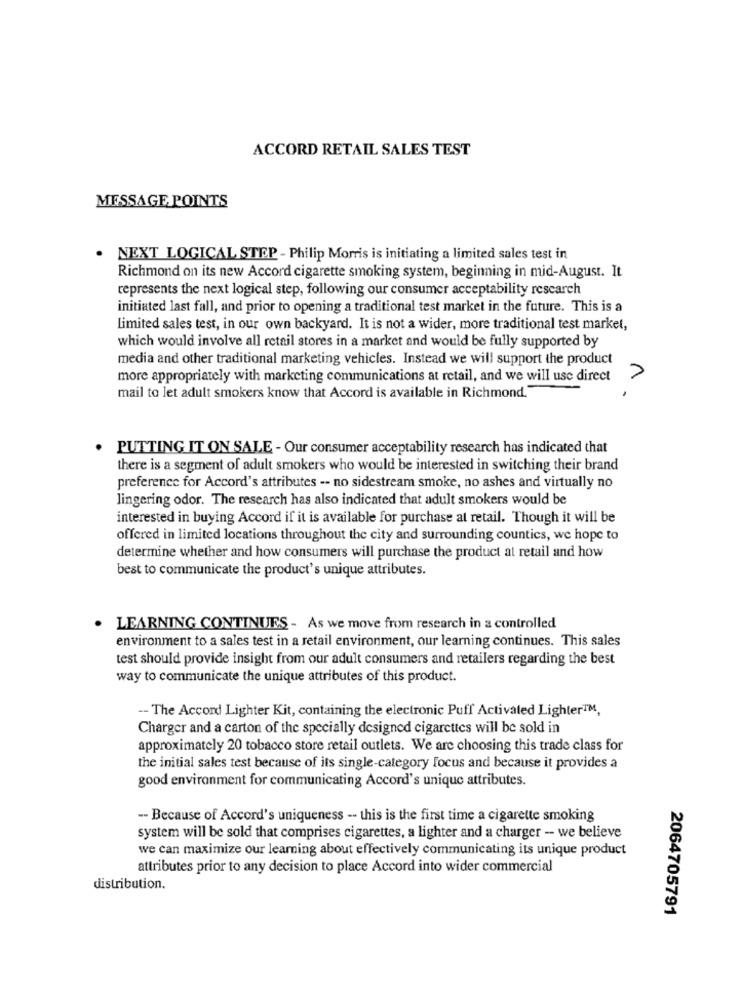
ACCORD RETAIL SALES TEST
MESSAGE POINTS
· NEXT LOGICAL STEP - Philip Morris is initiating a limited sales test in
Richmond on its new Accord cigarette smoking system, beginning in mid-August. It
represents the next logical step, following our consumer acceptability research
initiated last fall, and prior to opening a traditional test market in the future. This is a
Limited sales test, in our own backyard. It is not a wider, more traditional test market,
which would involve all retail stores in a market and would be fully supported by
media and other traditional marketing vehicles. Instead we will support the product
more appropriately with marketing communications at retail, and we will use direct
1
mail to let adult smokers know that Accord is available in Richmond."
. PUTTING IT ON SALE - Our consumer acceptability research has indicated that
there is a segment of adult smokers who would be interested in switching their brand
preference for Accord's attributes -- no sidestream smoke, no ashes and virtually no
lingering odor. The research has also indicated that adult smokers would be
interested in buying Accord if it is available for purchase at retail. Though it will be
offered in limited locations throughout the city and surrounding countics, we hope to
determine whether and how consumers will purchase the product at retail and how
best to communicate the product's unique attributes.
. LEARNING CONTINUES - As we move from research in a controlled
environment to a sales test in a retail environment, our learning continues. This sales
test should provide insight from our adult consumers and retailers regarding the best
way to communicate the unique attributes of this product.
-- The Accord Lighter Kit, containing the electronic Puff Activated Lighter™M,
Charger and a carton of the specially designed cigarettes will be sold in
approximately 20 tobacco store retail outlets. We are choosing this trade class for
the initial sales test because of its single-category focus and because it provides a
good environment for communicating Accord's unique attributes.
-- Because of Accord's uniqueness -- this is the first time a cigarette smoking
system will be sold that comprises cigarettes, a lighter and a charger - we believe
we can maximize our learning about effectively communicating its unique product
attributes prior to any decision to place Accord into wider commercial
distribution,
2064705791